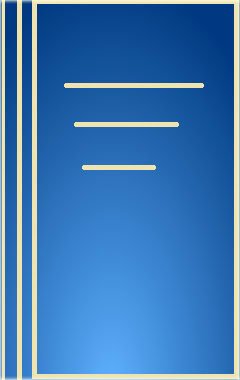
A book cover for Professor William Tetley's Marine Cargo Claims; William Tetley; Law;